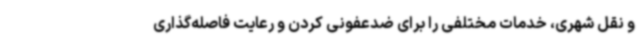
و نقل شهری، خدمات مختلفی را برای ضدعفونی کردن و رعایت فاصله‌گذاری